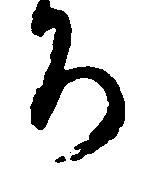
ち